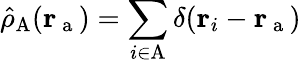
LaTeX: \hat{\rho}_{\mathrm{A}}(\mathbf{r}_{\mathrm{~a~}})=\sum_{i\in\mathrm{A}}\delta(\mathbf{r}_{i}-\mathbf{r}_{\mathrm{~a~}})